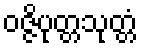
ဝဇ္ဇိပုတ္တသုတ္တံ